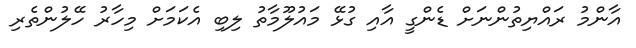
އާންމު ރައްޔިތުންނަށް ޑެންގީ އާއި ގުޅޭ މައުލޫމާތު ލިބި އެކަމަށް މިހާރު ހޭލުންތެރި